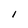
Character: I